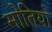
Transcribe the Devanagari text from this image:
मोतियो